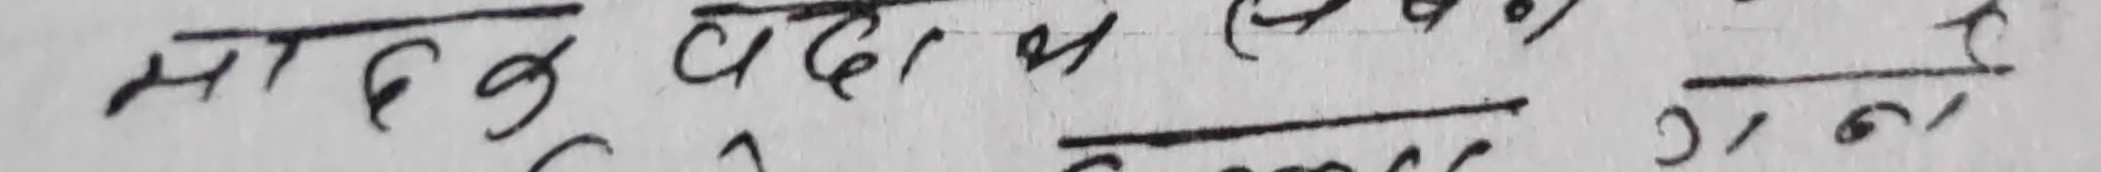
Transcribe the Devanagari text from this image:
मादक पदार्थ सेवन गर ।